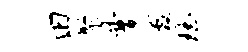
田聚曹袤珏